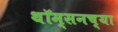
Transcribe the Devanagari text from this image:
थॉम्सनच्या